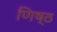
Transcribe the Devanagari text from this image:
णिष्ठ